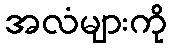
အလံများကို